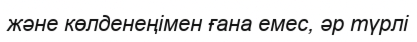
және көлденеңімен ғана емес, әр түрлі